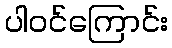
ပါဝင်ကြောင်း